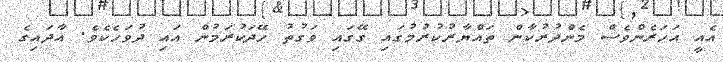
އެއީ އަހަރެންވެސް މެންދުރުކާން ތައްޔާރުކުރުމުގައި ގޭގައި ވަގުތު ހޭދަކުރަމުން އައި ދުވަހެކެވެ. އާދައިގެ